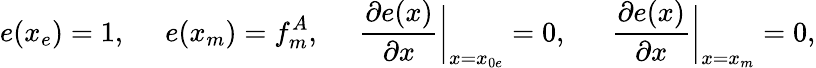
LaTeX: e(x_{e})=1,\, \, \, \, \, \, \, \, e(x_{m})=f_{m}^{A},\, \, \, \, \, \, \, \, \frac{\partial e(x)}{\partial x}\bigg|_{x=x_{0e}}=0,\, \, \, \, \, \, \, \, \, \frac{\partial e(x)}{\partial x}\bigg|_{x=x_{m}}=0,